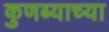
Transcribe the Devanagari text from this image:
कुणब्याच्या